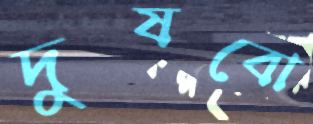
দুষবো